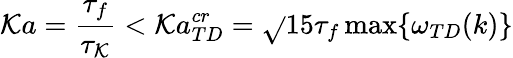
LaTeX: \mathcal{K}a=\frac{{\tau_{f}}}{{\tau_{\mathcal{K}}}}<\mathcal{K}a_{TD}^{cr}=\sqrt{}{{15}}\tau_{f}\operatorname*{max}\{ \omega_{TD}(k)\}